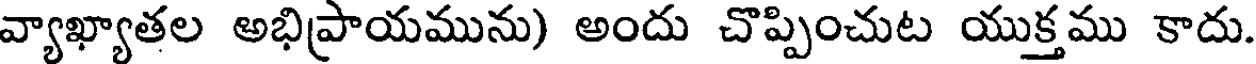
వ్యాఖ్యాతల అభిప్రాయమును) అందు చొప్పించుట యుక్తము కాదు.